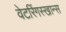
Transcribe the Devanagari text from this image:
वेटरिंगस्खान्स